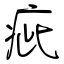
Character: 疵